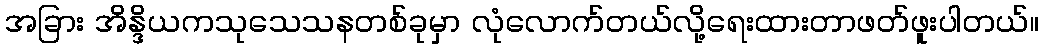
အခြား အိန္ဒိယကသုသေသနတစ်ခုမှာ လုံလောက်တယ်လို့ရေးထားတာဖတ်ဖူးပါတယ်။